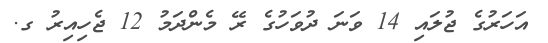
އަހަރުގެ ޖުލައި 14 ވަނަ ދުވަހުގެ ރޭ މެންދަމު 12 ޖެހިއިރު ގ.